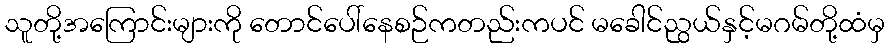
သူတို့အကြောင်းများကို တောင်ပေါ်နေစဉ်ကတည်းကပင် မခေါင်ညွယ်နှင့်မဂမ်တို့ထံမှ